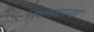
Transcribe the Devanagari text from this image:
सिलवाना